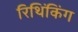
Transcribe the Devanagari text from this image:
रिथिंकिंग